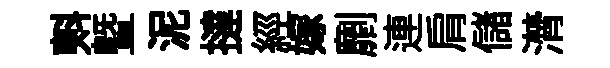
㪺暨泥撻經嫁劘連肩儲潸